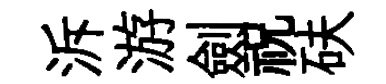
泝游劍祝砆